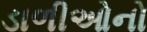
ડાળીઓનો